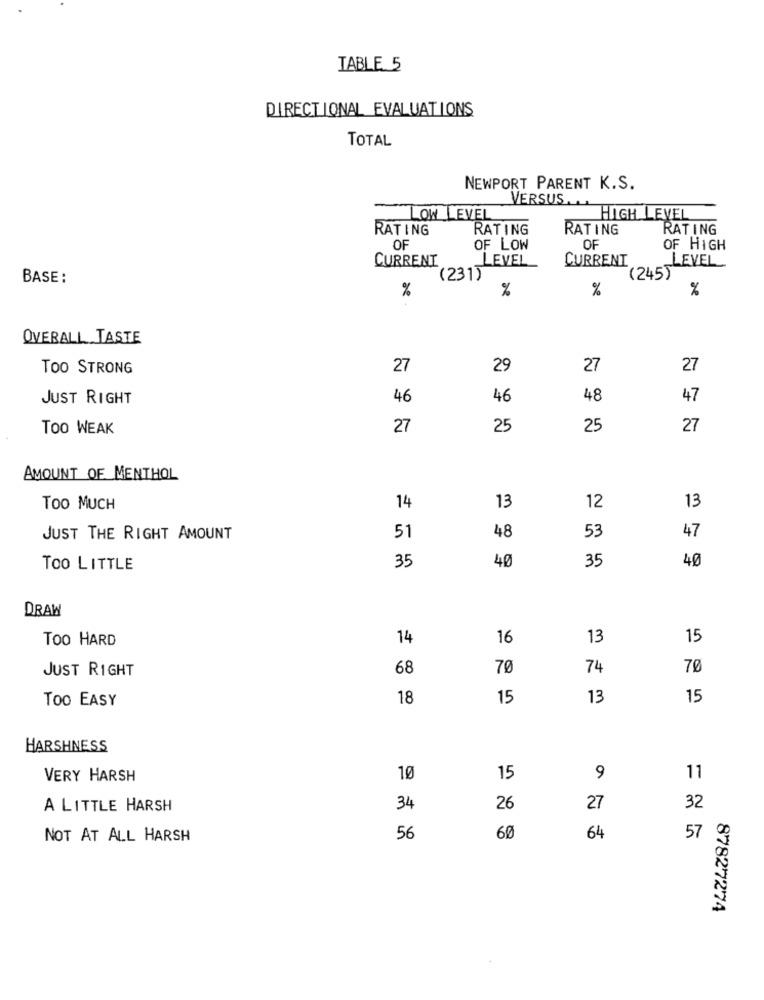
TABLE 5
DIRECTIONAL EVALUATIONS
TOTAL
NEWPORT PARENT K.S.
VERSUS.
LOW LEVEL
HIGH LEVEL
RATING
RATING
RATING
RATING
OF
OF LOW
OF
OF HIGH
CURRENT
LEVEL
CURRENT
LEVEL
BASE :
(231)
(245)
%
%
%
%
OVERALL TASTE
TOO STRONG
27
29
27
27
JUST RIGHT
46
46
48
47
Too WEAK
27
25
25
27
AMOUNT OF MENTHOL
13
Too MUCH
14
13
12
JUST THE RIGHT AMOUNT
51
48
53
47
40
35
40
TOO LITTLE
35
DRAW
Too HARD
14
16
13
15
JUST RIGHT
68
70
74
70
Too EASY
18
15
13
15
HARSHNESS
VERY HARSH
10
15
9
11
A LITTLE HARSH
34
26
27
32
NOT AT ALL HARSH
56
60
64
57
87827274